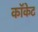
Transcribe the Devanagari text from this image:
कॉकेट